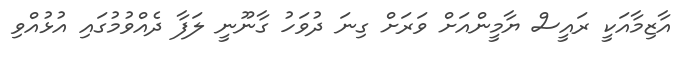
އާޒިމާއަކީ ރައީސް ޔާމީންއަށް ވަރަށް ގިނަ ދުވަހު ގާނޫނީ ލަފާ ދެއްވުމުގައި އުޅުއްވި